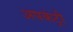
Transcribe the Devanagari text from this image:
अपकंट्री